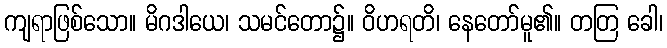
ကျရာဖြစ်သော။ မိဂဒါယေ၊ သမင်တော၌။ ဝိဟရတိ၊ နေတော်မူ၏။ တတြ ခေါ၊